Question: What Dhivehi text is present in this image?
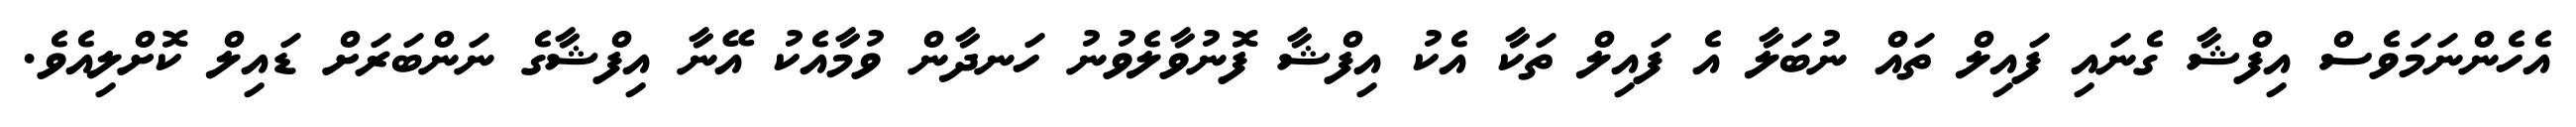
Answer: އެހެންނަމަވެސް އިފްޝާ ގެނައި ފައިލް ތައް ނުބަލާ އެ ފައިލް ތަކާ އެކު އިފްޝާ ފޮނުވާލެވުނު ހަނދާން ވުމާއެކު އޭނާ އިފްޝާގެ ނަންބަރަށް ޑައިލް ކޮށްލިއެވެ.